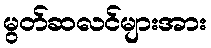
မွတ်ဆလင်များအား